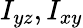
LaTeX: I_{yz},I_{xy}